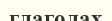
глаголах